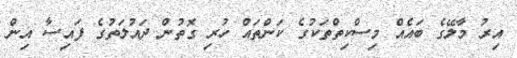
އިރު މާލޭގެ ބައެއް މިސްކިިތްތަކުގެ ކަންތައް ހުރި ގޮތުން ދައުލަތުގެ ފައިސާ އިން